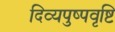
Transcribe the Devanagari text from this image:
दिव्यपुष्पवृष्टि